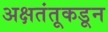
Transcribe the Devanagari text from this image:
अक्षतंतूकडून